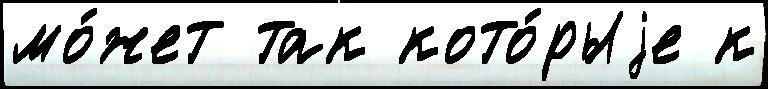
мо́жет так кото́рыjе к